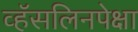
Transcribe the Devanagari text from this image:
व्हॅसलिनपेक्षा